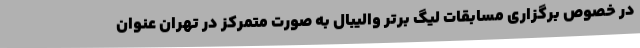
در خصوص برگزاری مسابقات لیگ برتر والیبال به صورت متمرکز در تهران عنوان